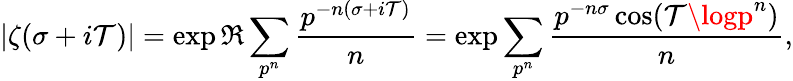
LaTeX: |\zeta(\sigma+i\mathcal{T})|=\exp\Re\sum_{p^{n}}{\frac{{p^{-n(\sigma+i\mathcal{T})}}}{{n}}}=\exp\sum_{p^{n}}{\frac{{p^{-n\sigma}\cos(\mathcal{T}\logp^{n})}}{{n}}},